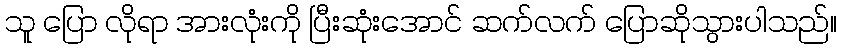
သူ ပြော လိုရာ အားလုံးကို ပြီးဆုံးအောင် ဆက်လက် ပြောဆိုသွားပါသည်။